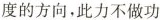
度的方向，此力不做功